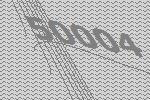
50004